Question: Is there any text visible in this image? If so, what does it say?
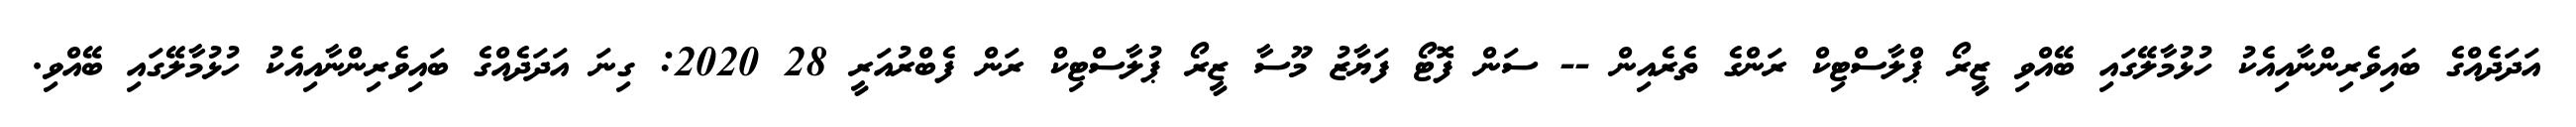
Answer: އަދަދެއްގެ ބައިވެރިންނާއިއެކު ހުޅުމާލޭގައި ބޭއްވި ޒީރޯ ޕްލާސްޓިކް ރަންގެ ތެރެއިން -- ސަން ފޮޓޯ ފަޔާޒު މޫސާ ޒީރޯ ޕުލާސްޓިކް ރަން ފެބްރުއަރީ 28 2020: ގިނަ އަދަދެއްގެ ބައިވެރިންނާއިއެކު ހުޅުމާލޭގައި ބޭއްވި.